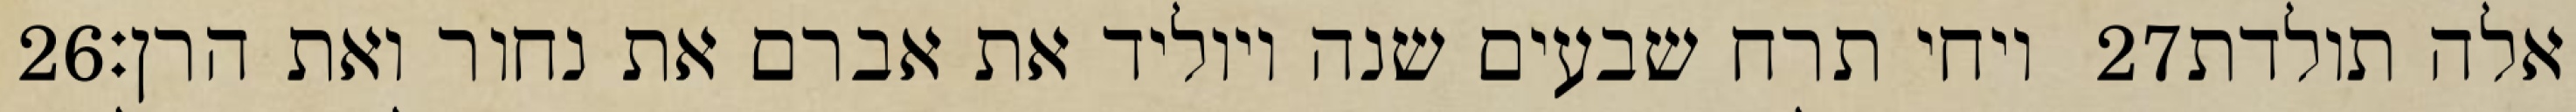
‎26‏ ויחי תרח שבעים שנה ויוליד את אברם את נחור ואת הרן׃ ‎27‏ אלה תולדת